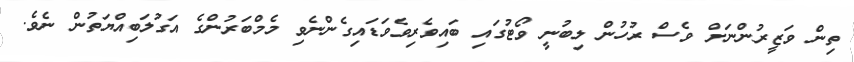
ތިން ވަޒީރުންނަށް ވެސް ރުހުން ލިބުނީ ވޯޓުގައި ބައިވެރިވެވަޑައިގެންނެވި މެމްބަރުންގެ އަގުލަބިއްޔަތުން ނެވެ.